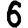
Digit: 6